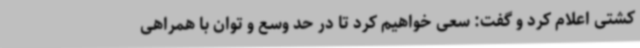
کشتی اعلام کرد و گفت: سعی خواهیم کرد تا در حد وسع و توان با همراهی